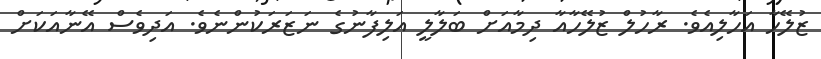
ޒުލޭހާ އަހާލިއެވެ. ރާހުލް ޒުލޭހާއާ ދިމާއަށް ބަލާލީ އަލިފާނުގެ ނަޒަރަކުންނެވެ. އަދިވެސް އޭނާއަކަށް